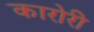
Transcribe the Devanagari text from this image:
कारोरी